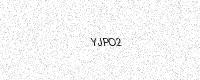
Text: YJPO2